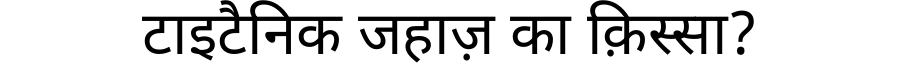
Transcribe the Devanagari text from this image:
टाइटैनिक जहाज़ का क़िस्सा?